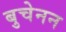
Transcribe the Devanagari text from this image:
बुचेनन